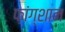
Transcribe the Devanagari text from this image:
फ़ांग्शान